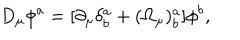
D _ { \mu } \phi ^ { a } = [ \partial _ { \mu } \delta _ { b } ^ { a } + ( \Omega _ { \mu } ) _ { b } ^ { a } ] \phi ^ { b } ,